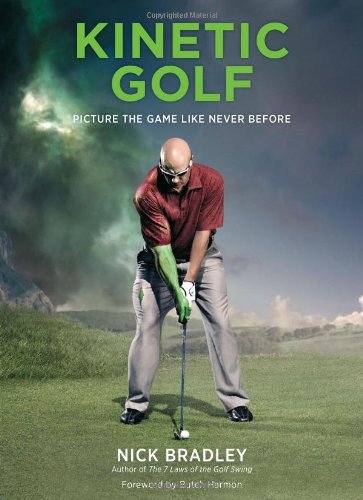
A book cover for Kinetic Golf: Picture the Game Like Never Before; Nick Bradley; Arts & Photography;